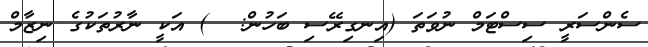
ސެންސަރީ ސިސްޓަމް ނުވަތަ (އިނގިރޭސި ބަހުން:  ) އަކީ ނާރުތަކުގެ ނިޒާމް